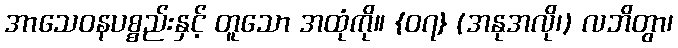
အာသေဝနပစ္စည်းနှင့် တူသော အထုံကို။ {၀၇} (အနုအလို၊) လဘိတွာ၊